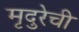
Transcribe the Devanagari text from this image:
मृदुरेची